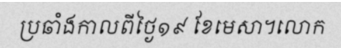
ប្រឆាំងកាលពីថ្ងៃ១៩ ខែមេសា។លោក